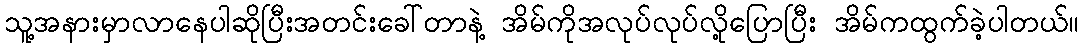
သူ့အနားမှာလာနေပါဆိုပြီးအတင်းခေါ်တာနဲ့ အိမ်ကိုအလုပ်လုပ်လို့ပြောပြီး အိမ်ကထွက်ခဲ့ပါတယ်။